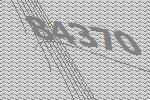
84370